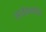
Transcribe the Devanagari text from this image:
साईबाबांचेच